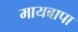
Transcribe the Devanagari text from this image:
मायबापा